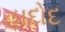
હાદોદ